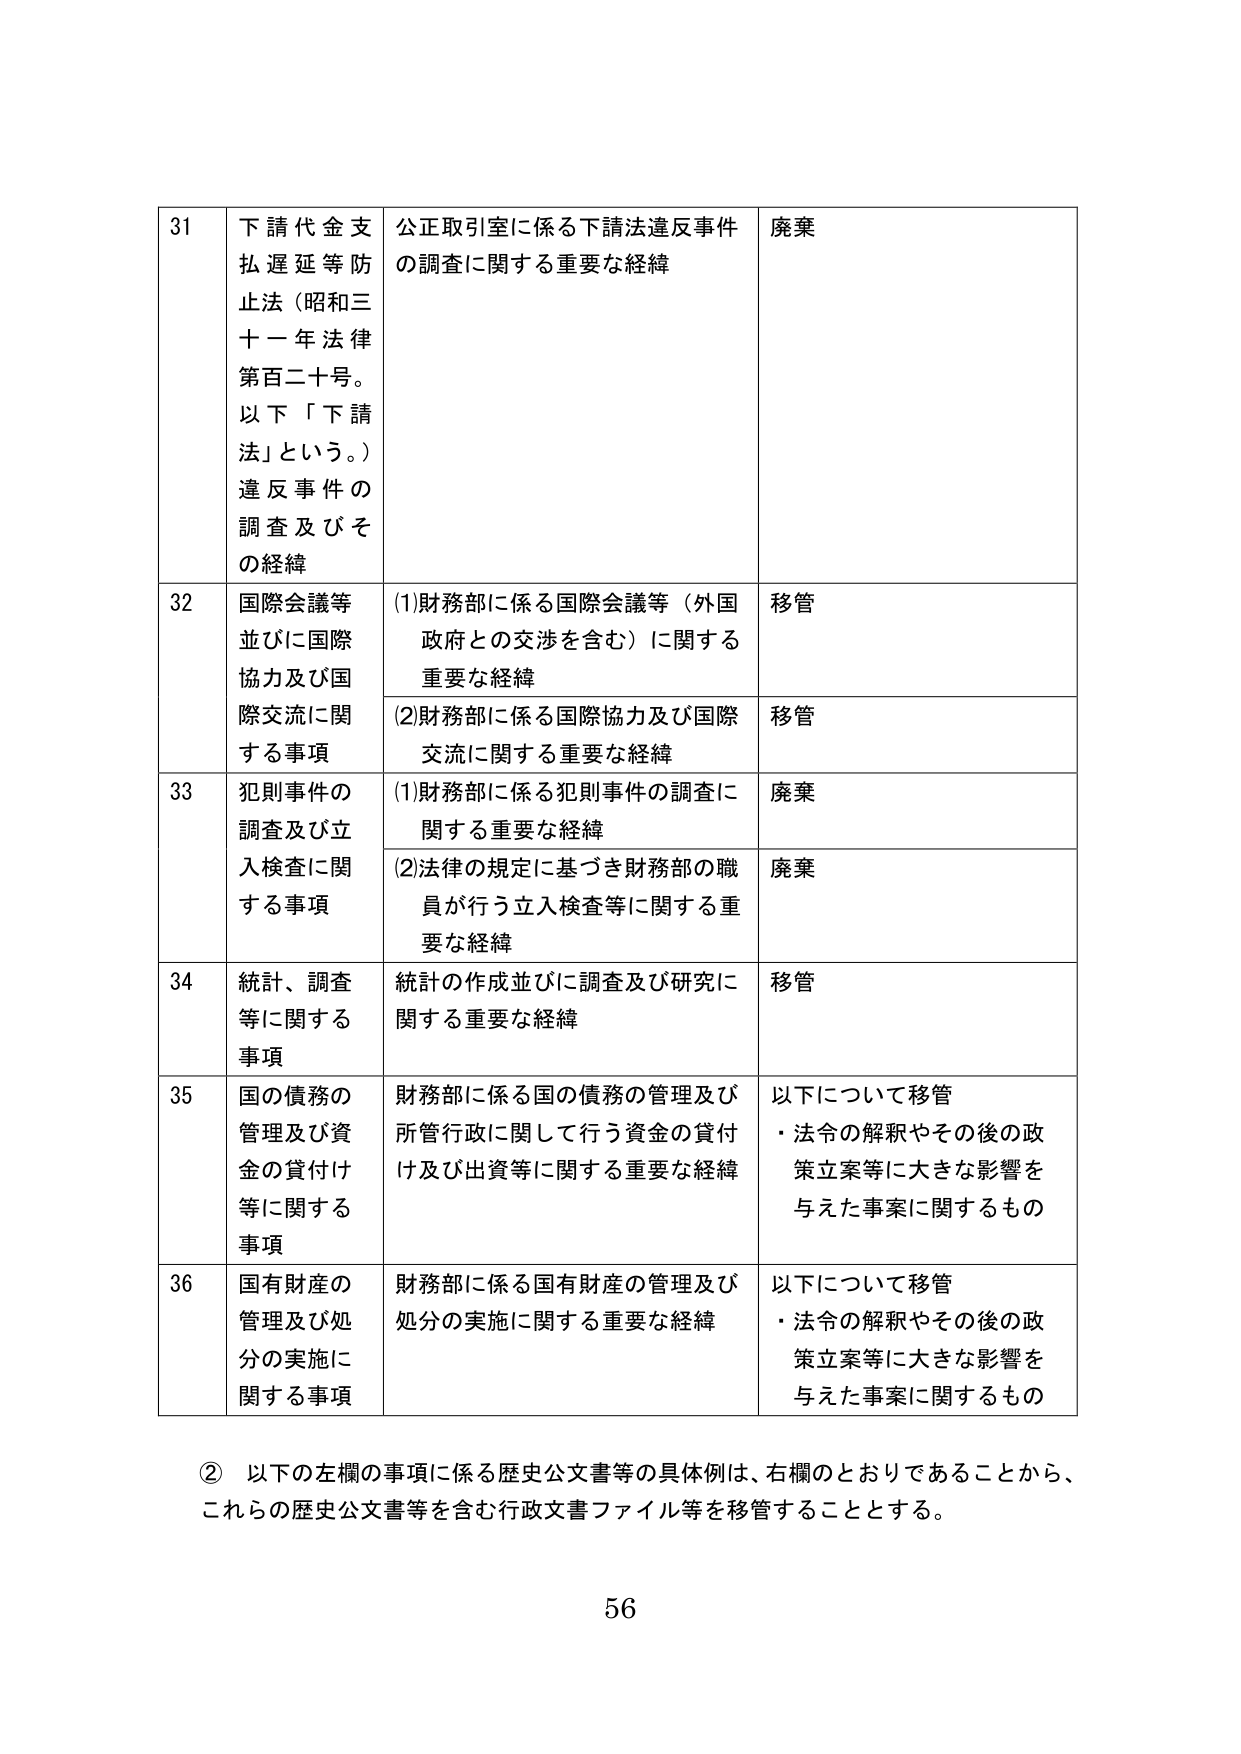
31 下請代金支払遅延等防止法（昭和三十一年法律第百二十号。以下「下請法」という。）違反事件の調査及びその経緯 公正取引室に係る下請法違反事件の調査に関する重要な経緯 廃棄

32 国際会議等並びに国際協力及び国際交流に関する事項 (1)財務部に係る国際会議等（外国政府との交渉を含む）に関する重要な経緯 移管 (2)財務部に係る国際協力及び国際交流に関する重要な経緯 移管

33 犯則事件の調査及び立入検査に関する事項 (1)財務部に係る犯則事件の調査に関する重要な経緯 廃棄 (2)法律の規定に基づき財務部の職員が行う立入検査等に関する重要な経緯 廃棄

34 統計、調査等に関する事項 統計の作成並びに調査及び研究に関する重要な経緯 移管

35 国の債務の管理及び資金の貸付け等に関する事項 財務部に係る国の債務の管理及び所管行政に関して行う資金の貸付け及び出資等に関する重要な経緯 以下について移管 ・法令の解釈やその後の政策立案等に大きな影響を与えた事案に関するもの

36 国有財産の管理及び処分の実施に関する事項 財務部に係る国有財産の管理及び処分の実施に関する重要な経緯 以下について移管 ・法令の解釈やその後の政策立案等に大きな影響を与えた事案に関するもの

② 以下の左欄の事項に係る歴史公文書等の具体例は、右欄のとおりであることから、これらの歴史公文書等を含む行政文書ファイル等を移管することとする。

56